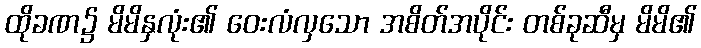
ထိုခဏ၌ မိမိနှလုံး၏ ဝေးလံလှသော အစိတ်အပိုင်း တစ်ခုဆီမှ မိမိ၏